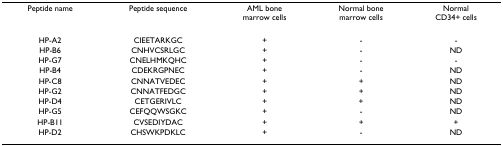
| Peptide name | Peptide sequence | AML bonemarrow cells | Normal bone marrow cells | Normal CD34+ cells |
 | --- | --- | --- | --- | --- |
 | HP-A2 | CIEETARKGC | + | - | - |
 | HP-B6 | CNHVCSRLGC | + | - | ND |
 | HP-G7 | CNELHMKQHC | + | - | - |
 | HP-B4 | CDEKRGPNEC | + | - | ND |
 | HP-C8 | CNNATVEDEC | + | + | ND |
 | HP-G2 | CNNATFEDGC | + | + | ND |
 | HP-D4 | CETGERIVLC | + | + | ND |
 | HP-G5 | CEFQQWSGKC | + | - | ND |
 | HP-B11 | CVSEDIYDAC | + | + | + |
 | HP-D2 | CHSWKPDKLC | + | - | ND |